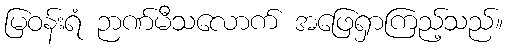
မြဝန်းရံ ဉာဏ်မီသလောက် အဖြေရှာကြည့်သည်။